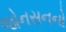
જોનસનનો